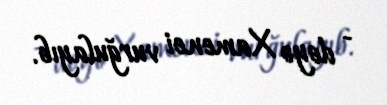
- deyə Xamenei vurğulayıb.